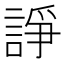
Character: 諍